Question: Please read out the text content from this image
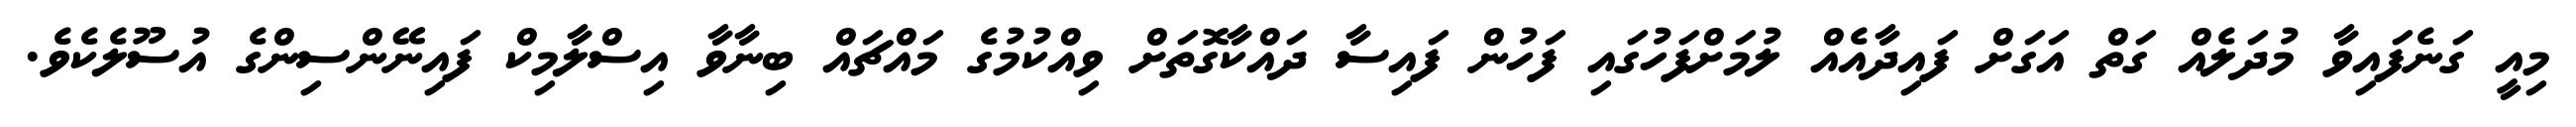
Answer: މިއީ ގަނެފައިވާ މުދަލެއް ގަތް އަގަށް ފައިދާއެއް ލުމަށްފަހުގައި ފަހުން ފައިސާ ދައްކާގޮތަށް ވިއްކުމުގެ މައްޗައް ބިނާވާ އިސްލާމިކް ފައިނޭންސިންގެ އުސޫލެކެވެ.